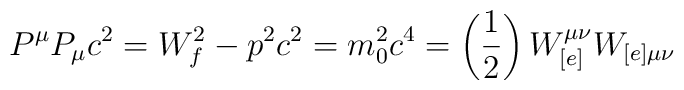
P^{\mu}P_{\mu} c^{2} = W_{f}^{2} - p^{2} c^{2} = m_{0}^{2} c^{4} = \left(\frac{1}{2}\right) W_{[e]}^{\mu\nu}W_{[e]\mu\nu}